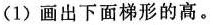
(1)画出下面梯形的高。